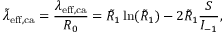
\tilde { \lambda } _ { \mathrm { e f f } , \mathrm { c a } } = \frac { \lambda _ { \mathrm { e f f } , \mathrm { c a } } } { R _ { 0 } } = \tilde { R } _ { 1 } \ln ( \tilde { R } _ { 1 } ) - 2 \tilde { R } _ { 1 } \frac { S } { I _ { - 1 } } ,